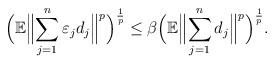
LaTeX: \begin{align*}\Bigl(\mathbb E \Bigl\| \sum^n_{j=1} \varepsilon_j d_j\Bigr\|^p\Bigr )^{\frac 1p}\leq \beta \Bigl(\mathbb E \Bigl \| \sum^n_{j=1}d_j\Bigr\|^p\Bigr )^{\frac 1p}.\end{align*}